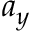
a _ { y }